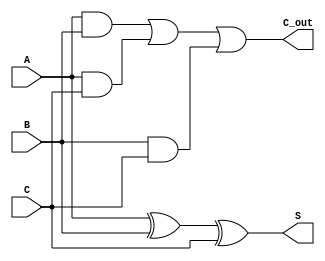
module CarrySaveAdder (
    input [N-1:0] A,
    input [N-1:0] B,
    input [N-1:0] C,
    output [N-1:0] S, // Sum output
    output [N-1:0] C_out // Carry output
);
parameter N = 8; // Define the input bit width

    // Generate Sum and Carry outputs
    assign S = A ^ B ^ C; // Sum: XOR of A, B, and C
    assign C_out = (A & B) | (A & C) | (B & C); // Carry: AND combinations

endmodule